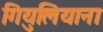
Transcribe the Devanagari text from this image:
गियुलियाना